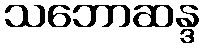
သဘောဆန္ဒ